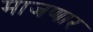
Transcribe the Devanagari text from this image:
माजणार